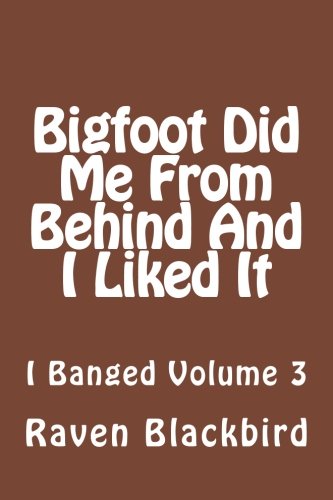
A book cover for Bigfoot Did Me From Behind And I Liked It (I Banged) (Volume 3); Raven Blackbird; Romance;